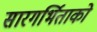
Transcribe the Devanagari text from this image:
सारगर्भिताको